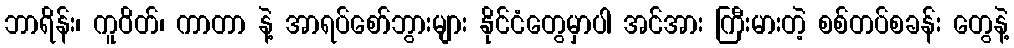
ဘာရိန်း၊ ကူဝိတ်၊ ကာတာ နဲ့ အာရပ်စော်ဘွားများ နိုင်ငံတွေမှာပါ အင်အား ကြီးမားတဲ့ စစ်တပ်စခန်း တွေနဲ့